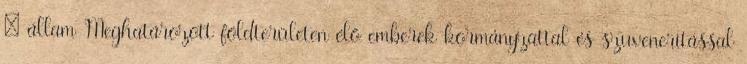
– állam Meghatározott földterületen élő emberek kormányzattal és szuveneritással